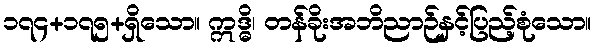
၁၇၄+၁၇၅+ရှိသော။ ဣဒ္ဓိ၊ တန်ခိုးအဘိညာဉ်နှင့်ပြည့်စုံသော။